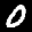
Label: 0